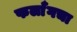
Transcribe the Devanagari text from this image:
फर्लाँगचा